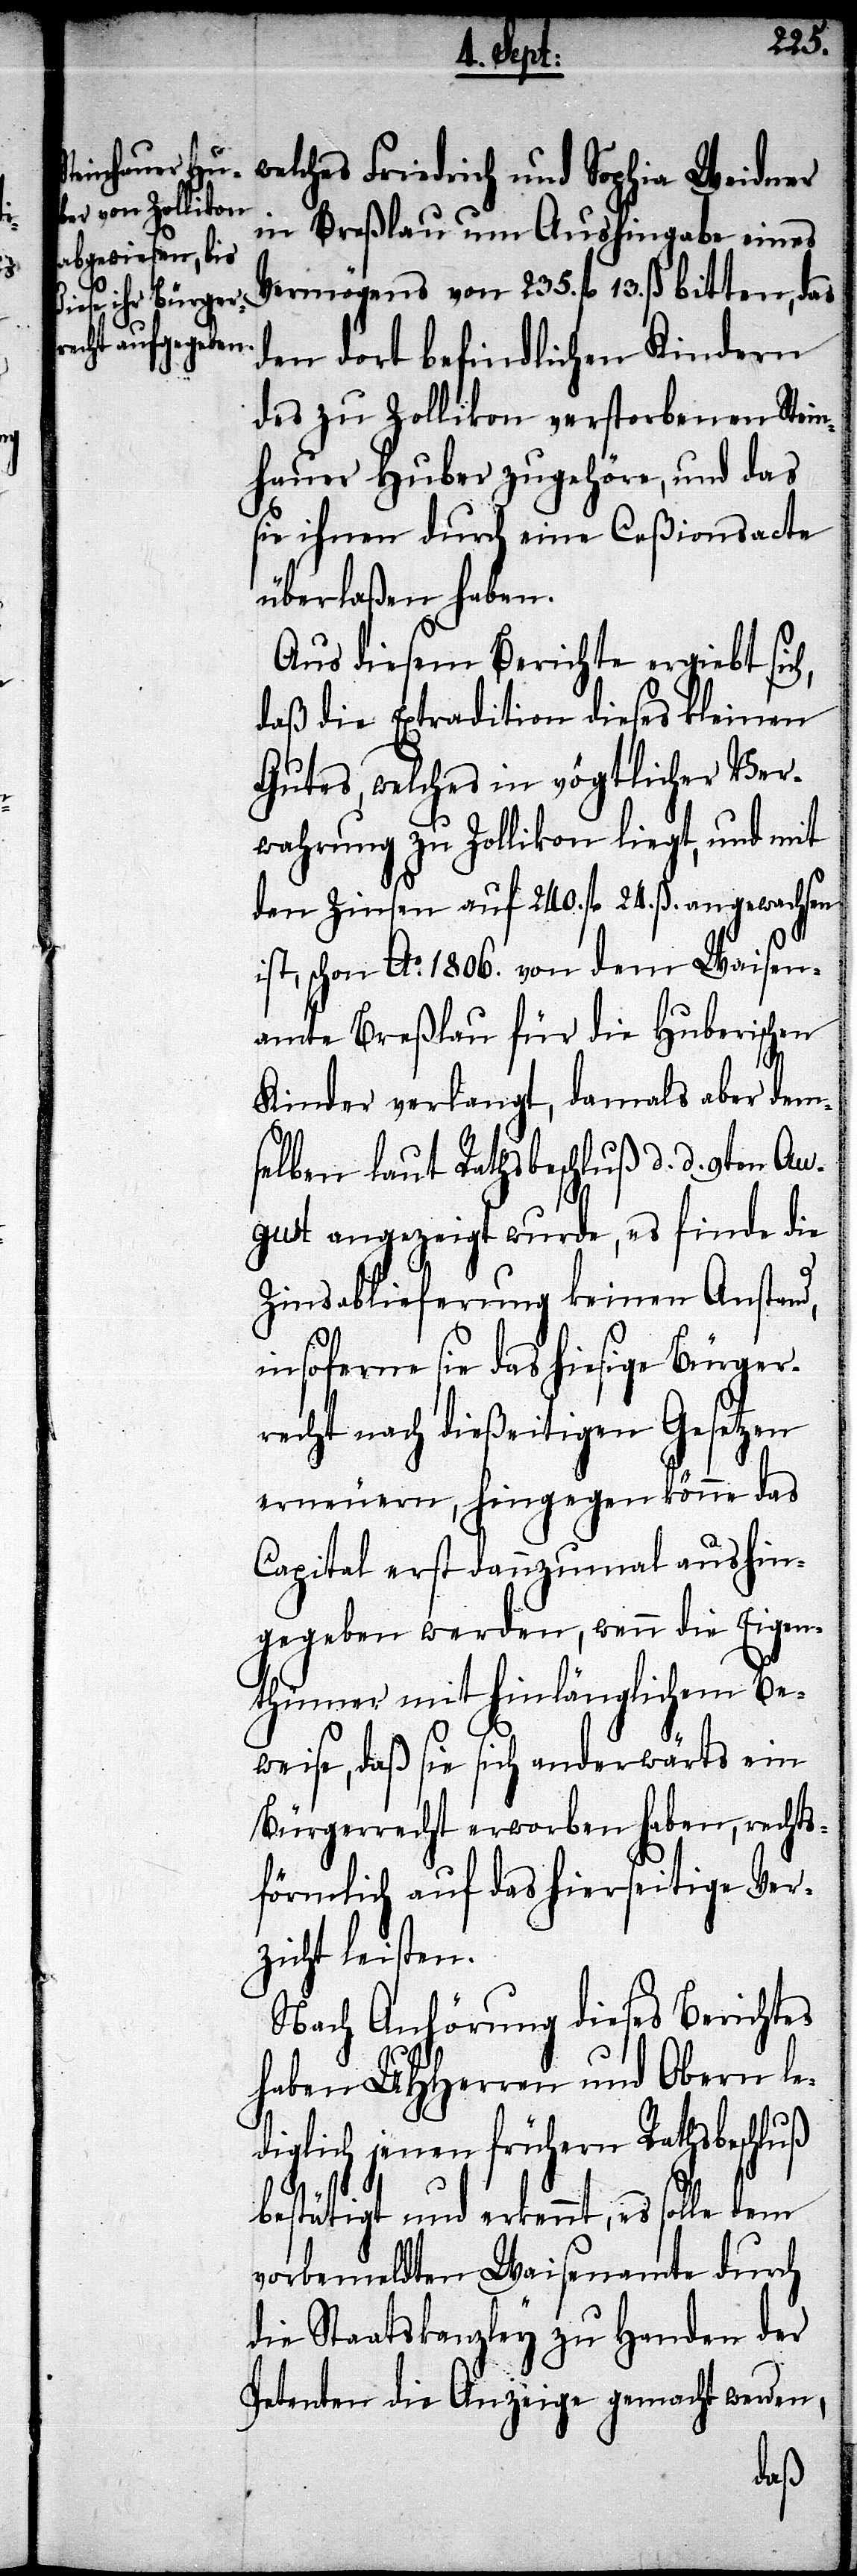
welches Friedrich und Sophia Weidner
in Breßlau um Aushingabe eines
Vermögens von 235. fl. 13. ß. bitten, das
den dort befindlichen Kindern
des zu Zollikon verstorbenen Stein¬
hauer Huber zugehöre, und das
sie ihnen durch eine Ceßionsacte
überlaßen haben.
Aus diesem Berichte ergiebt sich,
daß die Extradition dieses kleinen
Gutes, welches in vögtlicher Ver¬
wahrung zu Zollikon liegt, und mit
den Zinsen auf 240. fl. 24. ß. angewachsen
ist, schon Ao. 1806. von dem Waisen¬
amte Breßlau für die Huberischen
Kinder verlangt, damals aber dem¬
selben laut Rathsbeschluß d. d. 9ten
August angezeigt wurde, es finde die
Zinsablieferung keinen Anstand,
insoferne sie das hiesige Bürger¬
recht nach dießeitigen Gesetzen
erneuern, hingegen könne das
Capital erst dannzumal aushin¬
gegeben werden, wenn die Eigen¬
thümer mit hinlänglichem Be¬
weise, daß sie sich anderwärts ein
Bürgerrecht erworben haben, rechts¬
förmlich auf das hierseitige Ver¬
zicht leisten.
Nach Anhörung dieses Berichtes
haben UHHerren und Obern le¬
diglich jenen frühern Rathsbeschluß
bestätigt und erkennt, es solle dem
vorbemeldten Waisenamte durch
die Staatskanzley zu Handen der
Petenten die Anzeige gemacht werden,